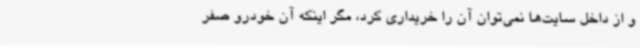
و از داخل سایت‌ها نمی‌توان آن را خریداری کرد، مگر اینکه آن خودرو صفر